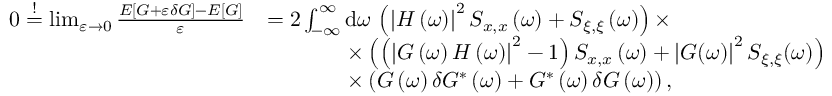
\begin{array} { r l } { 0 \stackrel { ! } { = } \operatorname* { l i m } _ { \varepsilon \to 0 } \frac { E \left[ G + \varepsilon \delta G \right] - E \left[ G \right] } { \varepsilon } } & { = 2 \int _ { - \infty } ^ { \infty } \mathrm { d } \omega \, \left( \left| H \left( \omega \right) \right| ^ { 2 } S _ { x , x } \left( \omega \right) + S _ { \xi , \xi } \left( \omega \right) \right) \times } \\ & { \hphantom { = 2 \int _ { - \infty } ^ { \infty } } \times \left( \left( \left| G \left( \omega \right) H \left( \omega \right) \right| ^ { 2 } - 1 \right) S _ { x , x } \left( \omega \right) + \left| G ( \omega ) \right| ^ { 2 } S _ { \xi , \xi } ( \omega ) \right) } \\ & { \hphantom { = 2 \int _ { - \infty } ^ { \infty } } \times \left( G \left( \omega \right) \delta G ^ { * } \left( \omega \right) + G ^ { * } \left( \omega \right) \delta G \left( \omega \right) \right) , } \end{array}